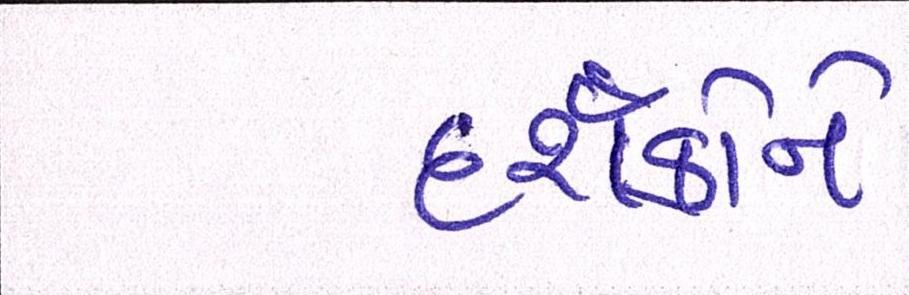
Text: દર્શકોને